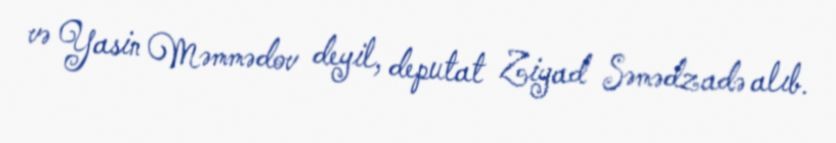
və Yasin Məmmədov deyil, deputat Ziyad Səmədzadə alıb.